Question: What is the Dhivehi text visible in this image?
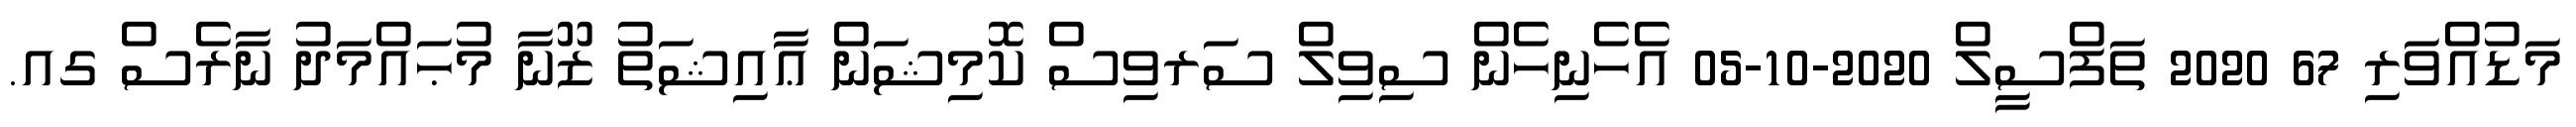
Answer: މަޑުއްވަރި 67 2020 ތަފްސީލް 2020-10-05 އެހެނިހެން ސިވިލް ސަރވިސް ކޮމިޝަން ޢާއިޝަތު ޒޫނާ މުޙައްމަދު ނާރެސް ގއ.